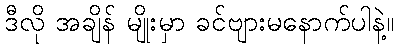
ဒီလို အချိန် မျိုးမှာ ခင်ဗျားမနောက်ပါနဲ့။